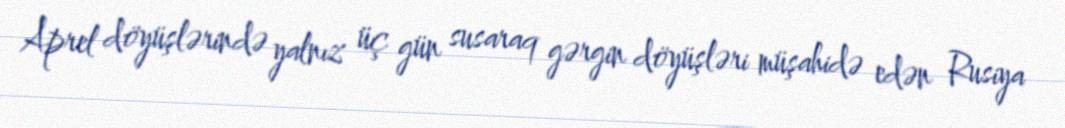
Aprel döyüşlərində yalnız üç gün susaraq gərgin döyüşləri müşahidə edən Rusiya